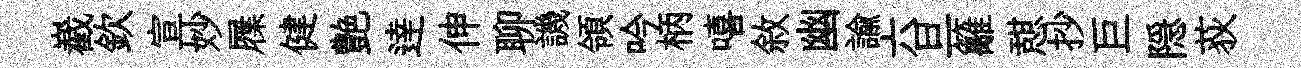
嶻欽宣妙屧健艶逹伸聊譏領吟柄嘻敘幽諭六旦籬憇抄巨隠荻